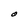
Character: 0